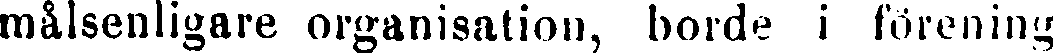
målsenligare organisation, borde i förening